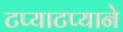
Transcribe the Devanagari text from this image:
टप्याटप्याने